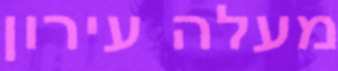
מעלה עירון